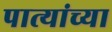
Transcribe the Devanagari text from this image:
पात्यांच्या